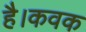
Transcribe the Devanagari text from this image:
है।कवक